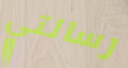
رسالتي